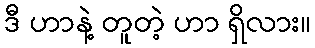
ဒီ ဟာနဲ့ တူတဲ့ ဟာ ရှိလား။